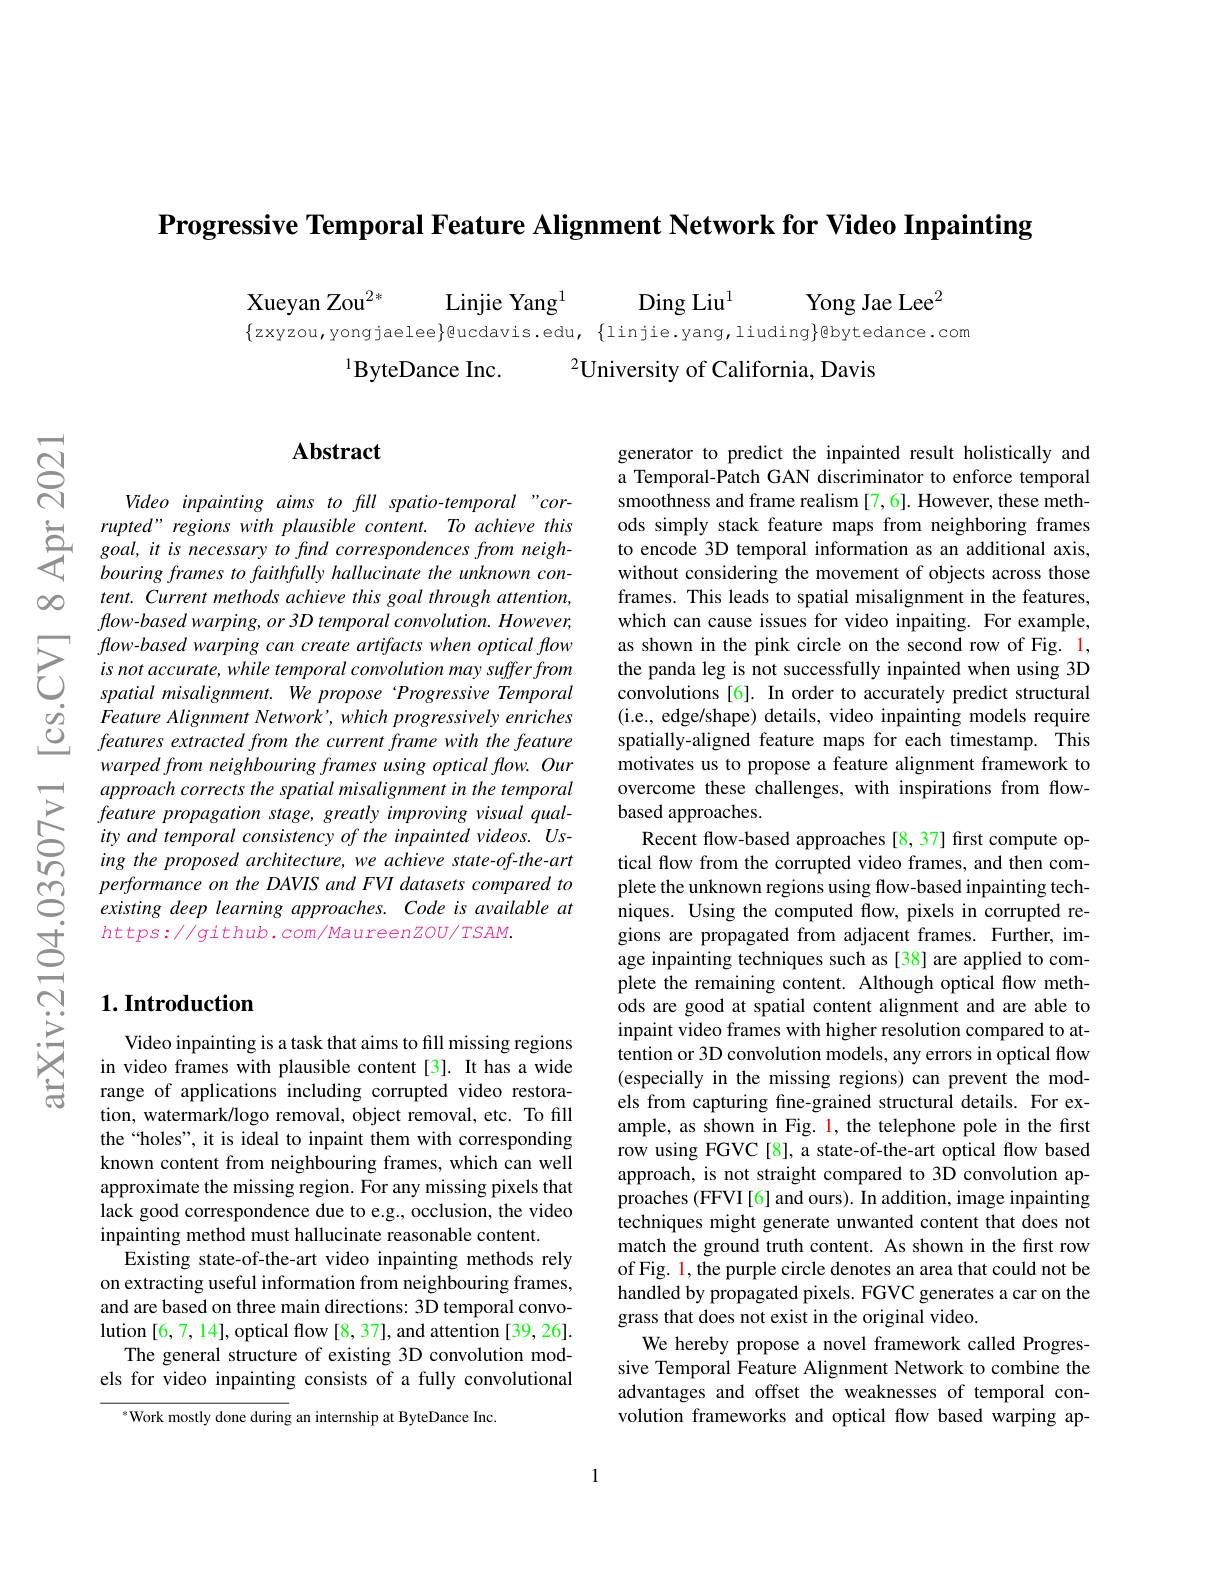
Progressive Temporal Feature Alignment Network for Video Inpainting

Xueyan Zou$^{2*}$

Yong Jae Lee$^2$

Linjie Yang$^{1}$

Ding Liu$^{1}$

$\{$zxyzou,yongjaelee}Qucdavis.edu,$\{$linjie.yang,liuding$\}$@bytedance.com
$^{1}$ByteDance Inc.
$^{2}$University of California, Davis

$\infty0$

## $\mathbf{Abstract}$

Video inpainting aims to fill spatio-temporal "cor-
$\begin{array}{lll}&\text{rupted" regions with plausible content.}\end{array}$
tent. Current methods achieve this goal through attention, flow-based warping, or 3D temporal convolution. However,
$\sum_{\begin{array}{cc}\text{flow-based warping can create artifact}\end{array}}$
warped from neighbouring frames using optical flow. Our approach corrects the spatial misalignment in the temporal feature propagation stage, greatly improving visual quality and temporal consistency of the inpainted videos. Using the proposed architecture, we achieve state-of-the-art performance on the DAVIS and FVI datasets compared to existing deep learning approaches. Code is available at $https://github.com/MaureenZOU/TSAM.$

## $1. \textbf{Introduction}$

Video inpainting is a task that aims to fill missing regions in video frames with plausible content [3]. It has a wide range of applications including corrupted video restoration, watermark/logo removal, object removal, etc. To fill the“holes”, it is ideal to inpaint them with corresponding known content from neighbouring frames, which can well approximate the missing region. For any missing pixels that lack good correspondence due to e.g., occlusion, the video inpainting method must hallucinate reasonable content.
Existing state-of-the-art video inpainting methods rely on extracting useful information from neighbouring frames, and are based on three main directions: 3D temporal convolution [6,7,14], optical flow [8, 37], and attention [39, 26].
The general structure of existing 3D convolution models for video inpainting consists of a fully convolutional

sWork mostly done during an internship at ByteDance Inc.

generator to predict the inpainted result holistically and a Temporal-Patch GAN discriminator to enforce temporal smoothness and frame realism [7,6]. However, these methods simply stack feature maps from neighboring frames to encode 3D temporal information as an additional axis, without considering the movement of objects across those frames. This leads to spatial misalignment in the features, which can cause issues for video inpaiting. For example, as shown in the pink circle on the second row of Fig. 1, the panda leg is not successfully inpainted when using 3D convolutions [6]. In order to accurately predict structural (i.e., edge/shape) details, video inpainting models require spatially-aligned feature maps for each timestamp. This motivates us to propose a feature alignment framework to overcome these challenges, with inspirations from flowbased approaches.
Recent flow-based approaches [8,37] first compute optical flow from the corrupted video frames, and then complete the unknown regions using flow-based inpainting techniques. Using the computed flow, pixels in corrupted regions are propagated from adjacent frames. Further, image inpainting techniques such as [38] are applied to complete the remaining content. Although optical flow methods are good at spatial content alignment and are able to inpaint video frames with higher resolution compared to attention or 3D convolution models, any errors in optical flow (especially in the missing regions) can prevent the models from capturing fine-grained structural details. For example, as shown in Fig. 1, the telephone pole in the first row using FGVC[8], a state-of-the-art optical flow based approach, is not straight compared to 3D convolution approaches (FFVI[6] and ours). In addition, image inpainting techniques might generate unwanted content that does not match the ground truth content. As shown in the first row of Fig. 1, the purple circle denotes an area that could not be handled by propagated pixels. FGVC generates a car on the grass that does not exist in the original video.
We hereby propose a novel framework called Progressive Temporal Feature Alignment Network to combine the advantages and offset the weaknesses of temporal convolution frameworks and optical flow based warping ap-